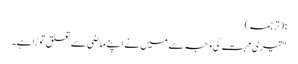
: (ترجمہ)
“تیری محبت کی وجہ سے میں نے اپنے ماضی سے تعلق توڑاہے۔